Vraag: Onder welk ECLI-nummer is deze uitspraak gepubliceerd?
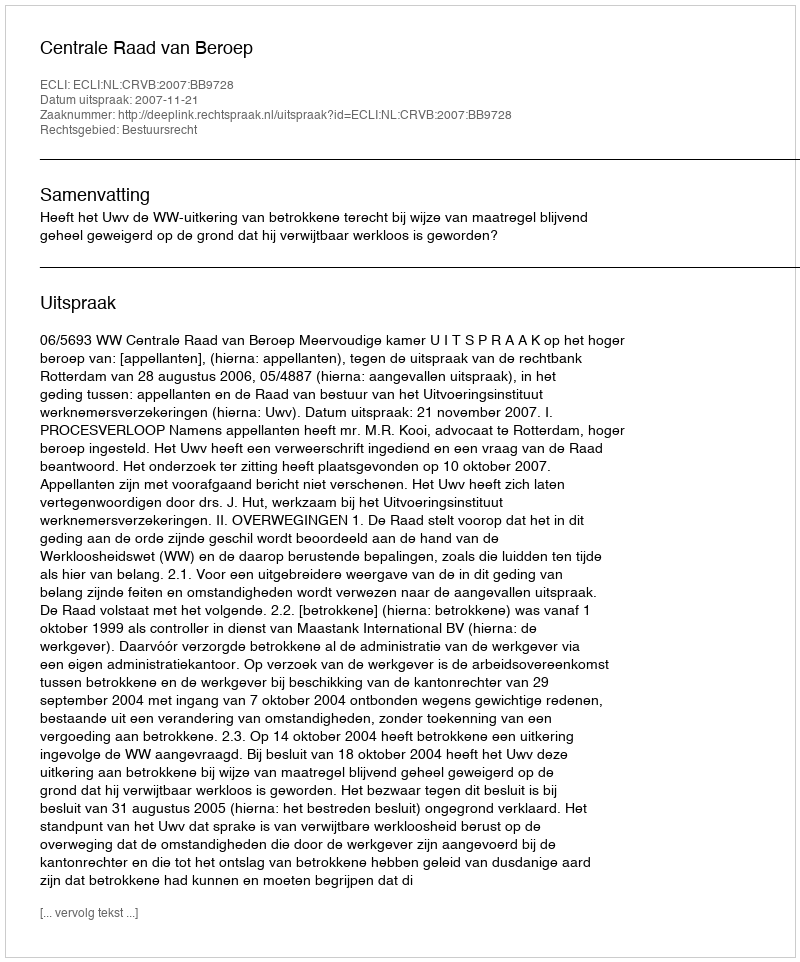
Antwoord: ECLI:NL:CRVB:2007:BB9728